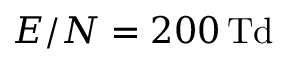
E / N = 2 0 0 \, \mathrm { T d }